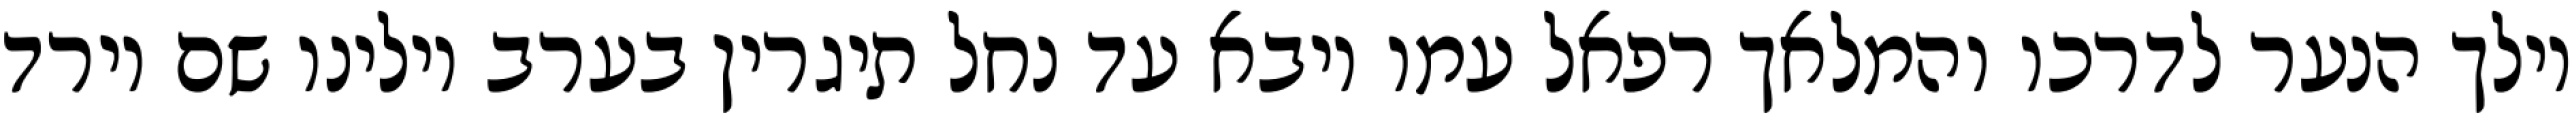
וילך הנער לדרכו והמלאך רפאל עמו ויבא עד נחל תיגרין בערב וילינו שם וירד